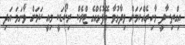
އިގްތިސާދީ މާހިރެއްކަމަށް ވިދާޅުވާ ބޭފުޅެއްގެ ޓްރެކް ރިކޯޑަކީ މިއީ ކަމަށް ވާނަމަ އަދި